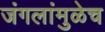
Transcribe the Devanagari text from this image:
जंगलांमुळेच